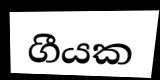
ගීයක